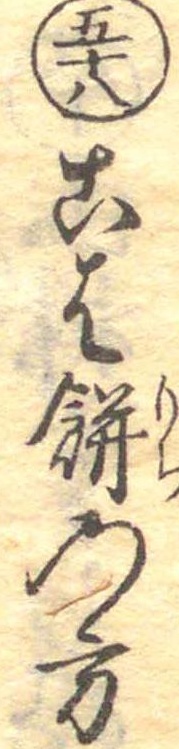
五十八こは餅の方